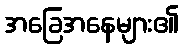
အခြေအနေများ၏